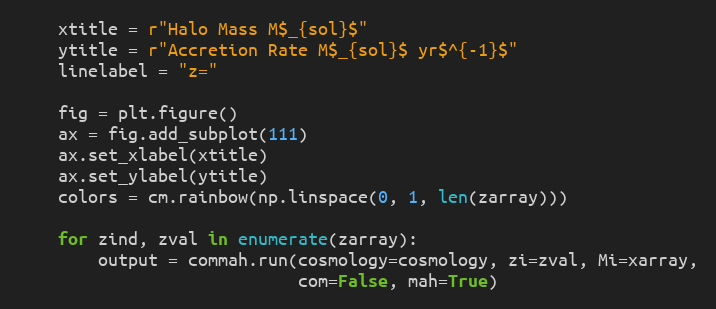
Language: Python
    xtitle = r"Halo Mass M$_{sol}$"
    ytitle = r"Accretion Rate M$_{sol}$ yr$^{-1}$"
    linelabel = "z="

    fig = plt.figure()
    ax = fig.add_subplot(111)
    ax.set_xlabel(xtitle)
    ax.set_ylabel(ytitle)
    colors = cm.rainbow(np.linspace(0, 1, len(zarray)))

    for zind, zval in enumerate(zarray):
        output = commah.run(cosmology=cosmology, zi=zval, Mi=xarray,
                            com=False, mah=True)